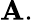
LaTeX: \mathbf{A}.